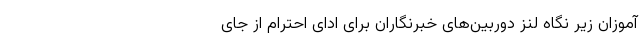
‌آموزان زیر نگاه لنز دوربین‌های خبرنگاران برای ادای احترام از جای